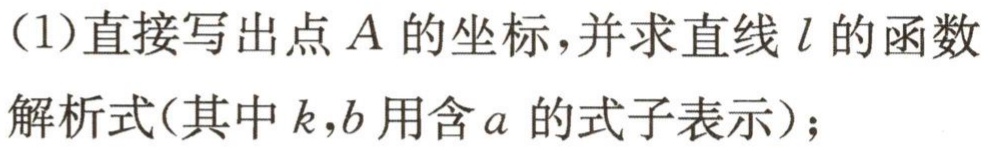
（1）直接写出点\(A\)的坐标，并求直线\(l\)的函数解析式(其中\(k,b\)用含\(a\)的式子表示)；